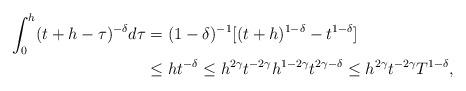
LaTeX: \begin{align*}\int_0^h (t+h-\tau)^{-\delta}d\tau & = (1-\delta)^{-1}[(t+h)^{1-\delta}-t^{1-\delta}] \\& \le h t^{-\delta}\le h^{2\gamma} t^{-2\gamma} h^{1-2\gamma}t^{2\gamma-\delta}\le h^{2\gamma} t^{-2\gamma} T^{1-\delta},\end{align*}